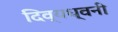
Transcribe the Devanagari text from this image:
दिव्यध्वनी